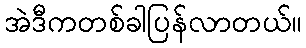
အဲဒီကတစ်ခါပြန်လာတယ်။